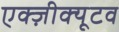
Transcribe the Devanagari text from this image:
एक्ज़ीक्यूटव